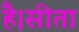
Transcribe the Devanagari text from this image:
है।सीता